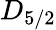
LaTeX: D_{5/2}